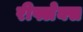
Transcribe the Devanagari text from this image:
रीफ्लेक्स